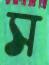
স